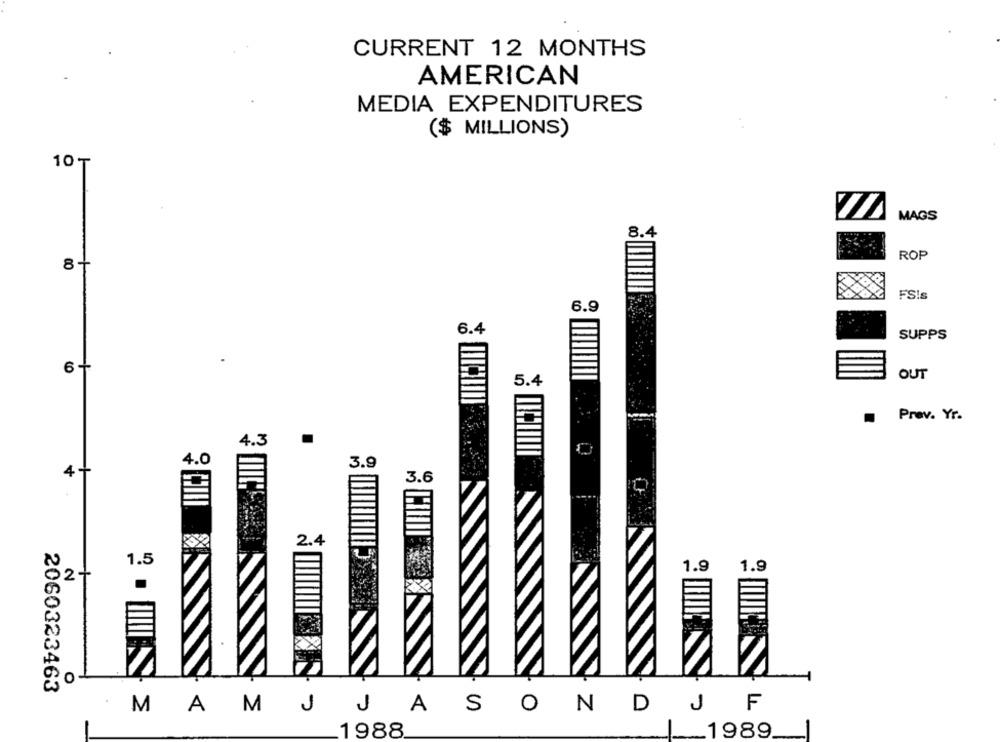
CURRENT 12 MONTHS
AMERICAN
MEDIA EXPENDITURES
($ MILLIONS)
10-
MAGS
-
ROP
FSIs
6.9
6.4
SUPPS
OUT
5.4
Prev. Yr.
4.3
4.0
3.9
4+
3.6
2.4
1.5
1.9
1.9
2060323463
.
F
MA
M JJ
A
S
O
ND J
1988.
.1989.